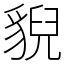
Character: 貎